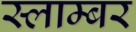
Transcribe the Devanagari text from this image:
स्लाम्बर